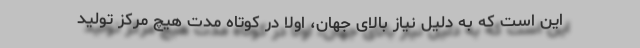
این است که به دلیل نیاز بالای جهان، اولا در کوتاه مدت هیچ مرکز تولید